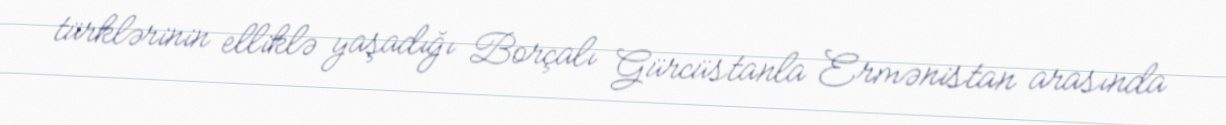
türklərinin elliklə yaşadığı Borçalı Gürcüstanla Ermənistan arasında